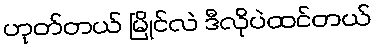
ဟုတ်တယ် မြိုင်လဲ ဒီလိုပဲထင်တယ်